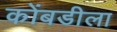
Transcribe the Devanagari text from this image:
कोंबडीला